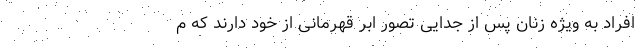
افراد به ویژه زنان پس از جدایی تصور ابر قهرمانی از خود دارند که م